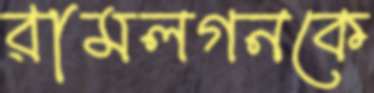
রামলগনকে